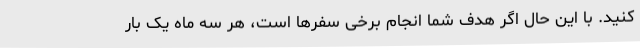
کنید. با این حال اگر هدف شما انجام برخی سفرها است، هر سه ماه یک بار